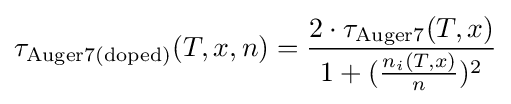
\tau _{\text{Auger7(doped)}}(T,x,n)={\frac {2\cdot \tau _{\text{Auger7}}(T,x)}{1+({\frac {n_{i}(T,x)}{n}})^{2}}}